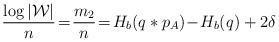
LaTeX: \begin{align*}\frac{\log|\mathcal{W}|}{n}&\!=\!\frac{m_2}{n}\!=\!H_b(q*p_A) \!-\! H_b(q)+2\delta \end{align*}